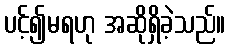
ပင့်၍မရဟု အဆိုရှိခဲ့သည်။